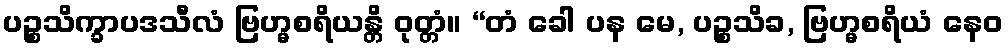
ပဉ္စသိက္ခာပဒသီလံ ဗြဟ္မစရိယန္တိ ဝုတ္တံ။ “တံ ခေါ ပန မေ, ပဉ္စသိခ, ဗြဟ္မစရိယံ နေဝ